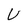
Character: U